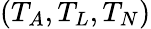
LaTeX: (T_{A},T_{L},T_{N})